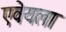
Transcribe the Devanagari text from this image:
एवेयला